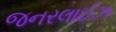
જનરલાઈઝ